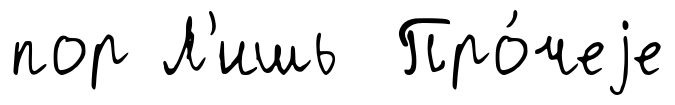
пор Л'ишь Про́чеjе